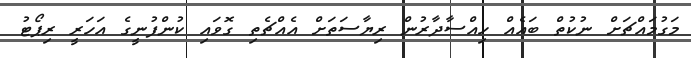
މަގުމައްޗަށް ނުކުތް ބައެއް ހިއްސާދާރުން ރިޔާސަތަށް އެއްޗެތި ގޮވައި ކުންފުނީގެ އަހަރީ ރިޕޯޓު